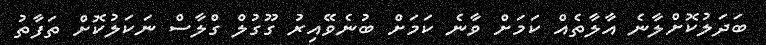
ބަދަލުކޮށްލާނެ އާލާތެއް ކަމަށް ވާނެ ކަމަށް ބުނެވޭއިރު ގޫގުލް ގްލާސް ނަކަލުކޮށް ތަފާތު